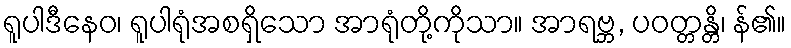
ရူပါဒီနေဝ၊ ရူပါရုံအစရှိသော အာရုံတို့ကိုသာ။ အာရဗ္ဘ, ပဝတ္တန္တိ၊ န်၏။